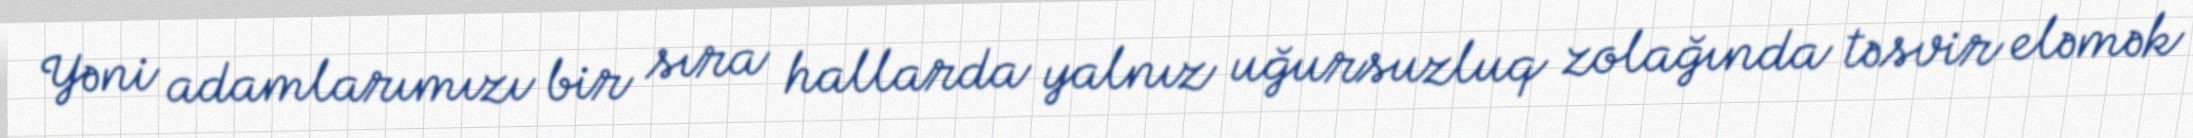
Yəni adamlarımızı bir sıra hallarda yalnız uğursuzluq zolağında təsvir eləmək